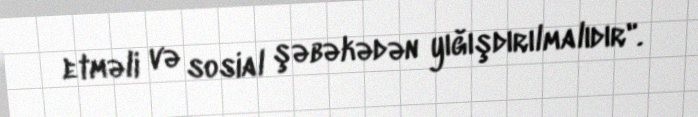
etməli və sosial şəbəkədən yığışdırılmalıdır".